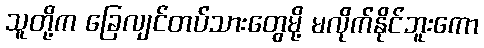
သူတို့က ခြေလျင်တပ်သားတွေမို့ မလိုက်နိုင်ဘူးကော